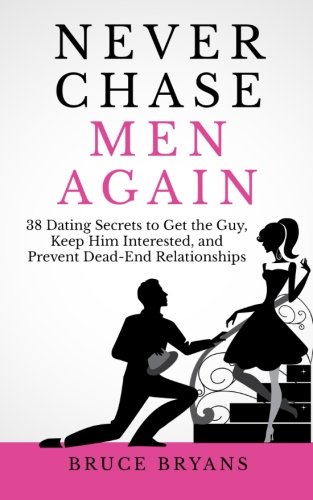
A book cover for Never Chase Men Again: 38 Dating Secrets To Get The Guy, Keep Him Interested, And Prevent Dead-End Relationships; Bruce Bryans; Self-Help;